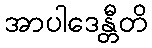
အာပါဒေန္တီတိ